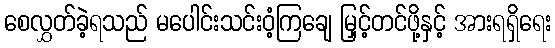
စေလွှတ်ခဲ့ရသည် မပေါင်းသင်းဝံ့ကြချေ မြှင့်တင်ဖို့နှင့် အားရရှိရေး